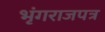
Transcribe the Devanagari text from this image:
भृंगराजपत्र